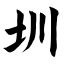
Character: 圳